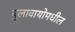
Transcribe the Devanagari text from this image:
बुलावायोमधील